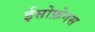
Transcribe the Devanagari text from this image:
ईसोफ़ेगस